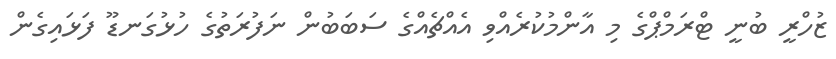
ޒުހްރީ ބުނީ ޓްރަމްޕްގެ މި އާންމުކުރެއްވި އެއްޗެއްގެ ސަބަބުން ނަފުރަތުގެ ހުޅުގަނޑޫ ފަޅައިގެން